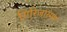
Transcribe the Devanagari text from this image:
गिरिजारमण